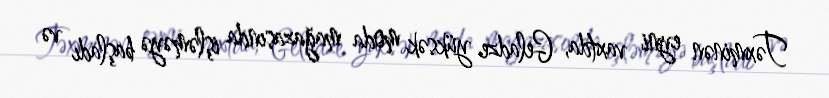
Təxminən eyni vaxtda, Geladze yüksək moda mağazasında işləməyə başladı və